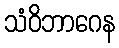
သံဝိဘာဂေန